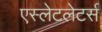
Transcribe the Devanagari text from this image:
एस्लेटलेटर्स